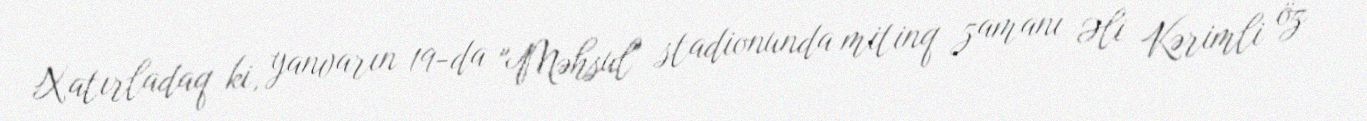
Xatırladaq ki, yanvarın 19-da "Məhsul" stadionunda mitinq zamanı Əli Kərimli öz